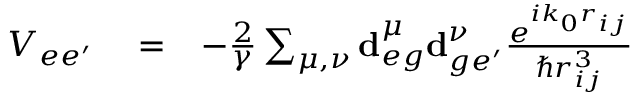
\begin{array} { r l r } { V _ { e e ^ { \prime } } } & { { } = } & { - \frac { 2 } { \gamma } \sum _ { \mu , \nu } \mathbf { d } _ { e g } ^ { \mu } \mathbf { d } _ { g e ^ { \prime } } ^ { \nu } \frac { e ^ { i k _ { 0 } r _ { i j } } } { \hbar r _ { i j } ^ { 3 } } } \end{array}